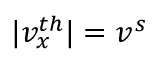
| v _ { x } ^ { t h } | = v ^ { s }